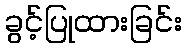
ခွင့်ပြုထားခြင်း